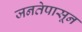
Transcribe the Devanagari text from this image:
जनतेपासून